system: You are a helpful assistant.
user:
Analyze the provided spectrum to determine if it is a **S-type Star**.

- **Key Indicators for S-type Star:**

    - **(Overall Spectrum Shape):** The first and most obvious characteristic is the overall continuum (the "baseline" shape). It is **extremely "red-sloping,"** meaning the flux (light intensity) is very low on the left side (blue, ~4000-4500 Å) and rises steeply and continuously toward the right side (red, ~7000 Å+).

    - **(Primary):** The spectrum is defined by the presence of strong, broad molecular absorption "valleys" (bands) from **Zirconium Oxide (ZrO)**. The identification of these bands is the **primary requirement** for classifying a star as S-type.
        - **(Key Bandheads):** You must find distinct, deep "dips" where the light has been absorbed. The most critical band systems to locate are:
            - **~6474 Å** ($\gamma$-system): This is often the strongest and clearest ZrO feature, found in the red part of the spectrum.
            - **~5718 Å** & **~5551 Å** ($\beta$-system): A pair of prominent absorption features in the yellow-orange part of the spectrum.
            - **~4640 Å** ($\alpha$-system): A key absorption band system in the blue-green region of the spectrum.

    - **(Secondary Confirmation):** The classification is strengthened by finding additional absorption bands from other related heavy element oxides, which are expected to be present alongside ZrO.
        - **(Key Bandheads):**
            - **Yttrium Oxide (YO):** Look for absorption dips near **~4800 Å** and **~6100 Å**.
            - **Lanthanum Oxide (LaO):** Additional absorption features, particularly in the red-orange part of the spectrum, are also characteristic.

    - **(Line Profile):** The combination of the steep red continuum and these numerous, deep molecular bands (ZrO, YO, etc.) gives the entire spectrum a very **"chopped-up"** or **"bumpy"** appearance. Instead of a smooth curve, the spectrum looks as though large, wide chunks of light have been "carved out" of it at the specific wavelengths listed above.

Think first, call **spectral_visualization_tool** if needed to examine features in detail, then provide your final answer. Your response must adhere to the following strict rules:
1.  **Overall Structure:** Your response must follow the format `<think>...</think> <tool_call>...</tool_call> (if a tool is used) <answer>...</answer>`.
2.  **Tool Usage Constraint:** You may only make **one** tool call per turn.
3.  **Final Answer Format:** In the `<answer>` tag, your conclusion must be inside a `\boxed{}` command (e.g., `\boxed{YES}` or `\boxed{NO}`), followed by your justification.

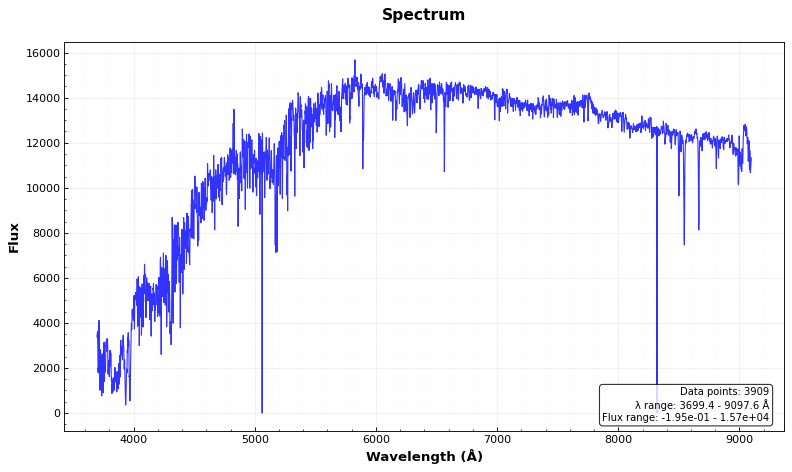
Answer: NO